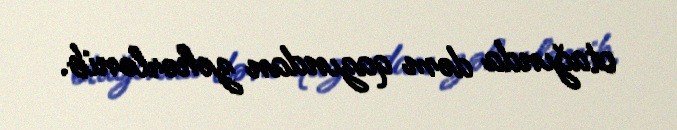
otağında dəm qazından zəhərlənib.